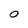
Character: 0